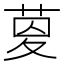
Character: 𦱟